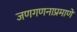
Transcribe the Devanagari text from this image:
जणगणनाप्रमाणे